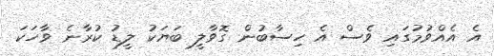
އެ އެއްވުމުގައި ވެސް އެ ހިސާބުން ގޮވާލީ ބަޔަކު ލީޑު ކުރާނެ ވާހަކަ